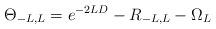
LaTeX: \begin{align*}\Theta_{-L,L}=e^{-2LD}-R_{-L,L}-\Omega_L\end{align*}